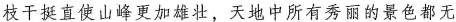
枝干挺直使山峰更加雄壮，天地中所有秀丽的景色都无